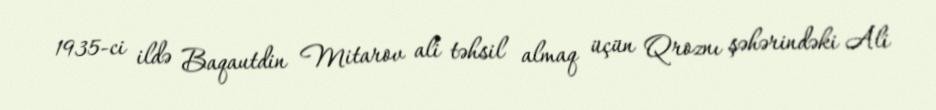
1935-ci ildə Baqautdin Mitarov ali təhsil almaq üçün Qroznı şəhərindəki Ali